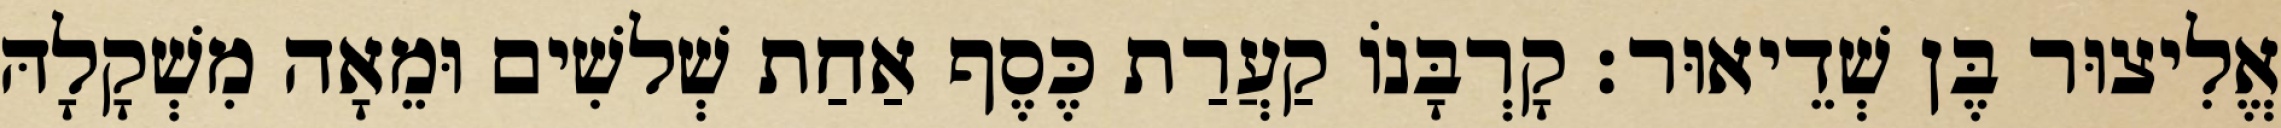
אֱלִיצוּר בֶּן שְׁדֵיאוּר׃ קָרְבָּנוֹ קַעֲרַת כֶּסֶף אַחַת שְׁלשִׁים וּמֵאָה מִשְׁקָלָהּ